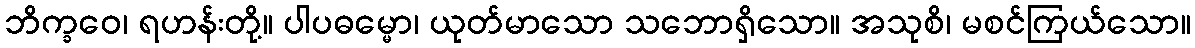
ဘိက္ခဝေ၊ ရဟန်းတို့။ ပါပဓမ္မော၊ ယုတ်မာသော သဘောရှိသော။ အသုစိ၊ မစင်ကြယ်သော။